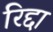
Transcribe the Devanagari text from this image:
रिद्दा